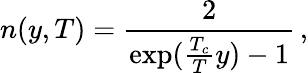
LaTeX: n(y,T)=\frac{2}{\exp(\frac{T_{c}}{T}y)-1}\, ,